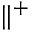
\parallel ^ { + }